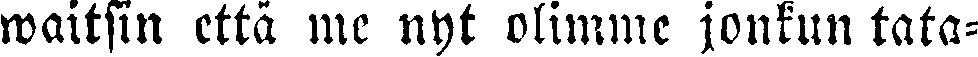
waitsin että me nyt olimme jonkun tata-